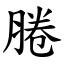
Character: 腃